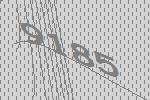
9185